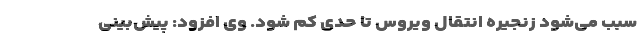
سبب می‌شود زنجیره انتقال ویروس تا حدی کم شود. وی افزود: پیش‌بینی